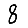
Digit: 8